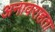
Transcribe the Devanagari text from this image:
अनावराहता